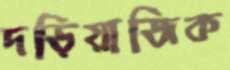
দড়িয়াজিক